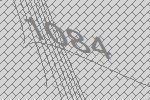
1084